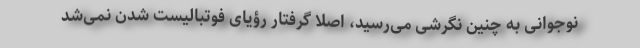
نوجوانی به چنین نگرشی می‌رسید، اصلا گرفتار رؤیای فوتبالیست شدن نمی‌شد